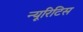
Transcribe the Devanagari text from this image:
न्यूरिटिस